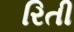
રિતી